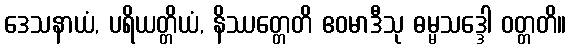
ဒေသနာယံ, ပရိယတ္တိယံ, နိဿတ္တေတိ ဧဝမာဒီသု ဓမ္မသဒ္ဒေါ ဝတ္တတိ။